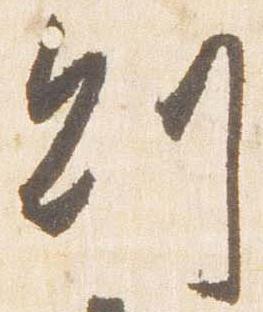
則